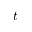
t